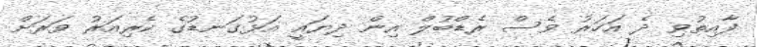
ފާއިތުވި ދެ އަހަރު ވެސް ރެޑްބުލް އިން ދިޔައީ އަޅުގަނޑުގެ ކެރިއަރު ވަރަށް